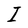
Character: I